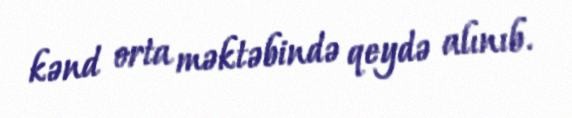
kənd orta məktəbində qeydə alınıb.